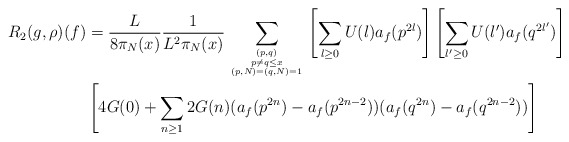
\begin{align*}R_2(g,\rho)(f) &= \frac{L}{8\pi_N(x)}\frac{1}{L^2 \pi_N(x)}\sum_{(p,q) \atop {p \neq q \leq x \atop{(p,N) = (q,N) = 1}}} \left[ \sum_{l \geq 0} U(l) a_f(p^{2l}) \right] \left[ \sum_{l' \geq 0} U(l') a_f(q^{2l'}) \right] \\&\left[4 G(0) + \sum_{n \geq 1} 2G(n)(a_f(p^{2n}) - a_f(p^{2n-2}))(a_f(q^{2n}) - a_f(q^{2n-2}))\right] \\\end{align*}